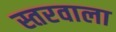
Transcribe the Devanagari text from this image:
स्तरवाला